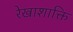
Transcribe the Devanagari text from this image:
रेखाशाक्ति